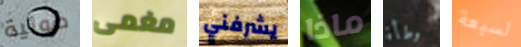
ضوئية مغمى يشرفني ماذا وطأة لسبعة